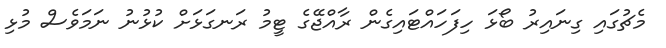
މެޗުގައި ގިނައިރު ބޯޅަ ހިފަހައްޓައިގެން ރާއްޖޭގެ ޓީމު ރަނގަޅަށް ކުޅުނު ނަމަވެސް މުޅި